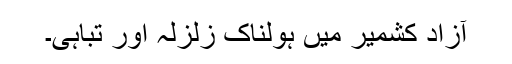
آزاد کشمیر میں ہولناک زلزلہ اور تباہی۔